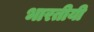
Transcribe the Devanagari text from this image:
भारतीयी